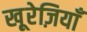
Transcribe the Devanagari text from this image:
खू़रेज़ियाँ